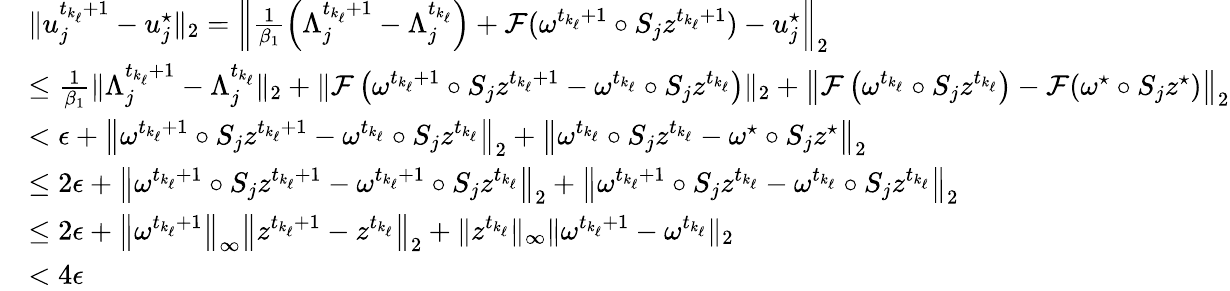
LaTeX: \begin{array}{rl}&{\| u_{j}^{t_{k_{\ell}}+1}-u_{j}^{\star}\| _{2}=\left\| \frac{1}{\beta_{1}}\left(\Lambda_{j}^{t_{k_{\ell}}+1}-\Lambda_{j}^{t_{k_{\ell}}}\right)+\mathcal{F}(\omega^{t_{k_{\ell}}+1}\circ S_{j}z^{t_{k_{\ell}}+1})-u_{j}^{\star}\right\| _{2}}\\ &{\leq\frac{1}{\beta_{1}}\| \Lambda_{j}^{t_{k_{\ell}}+1}-\Lambda_{j}^{t_{k_{\ell}}}\| _{2}+\| \mathcal{F}\left(\omega^{t_{k_{\ell}}+1}\circ S_{j}z^{t_{k_{\ell}}+1}-\omega^{t_{k_{\ell}}}\circ S_{j}z^{t_{k_{\ell}}}\right)\| _{2}+\left\| \mathcal{F}\left(\omega^{t_{k_{\ell}}}\circ S_{j}z^{t_{k_{\ell}}}\right)-\mathcal{F}(\omega^{\star}\circ S_{j}z^{\star})\right\| _{2}}\\ &{<\epsilon+\left\| \omega^{t_{k_{\ell}}+1}\circ S_{j}z^{t_{k_{\ell}}+1}-\omega^{t_{k_{\ell}}}\circ S_{j}z^{t_{k_{\ell}}}\right\| _{2}+\left\| \omega^{t_{k_{\ell}}}\circ S_{j}z^{t_{k_{\ell}}}-\omega^{\star}\circ S_{j}z^{\star}\right\| _{2}}\\ &{\leq 2\epsilon+\left\| \omega^{t_{k_{\ell}}+1}\circ S_{j}z^{t_{k_{\ell}}+1}-\omega^{t_{k_{\ell}}+1}\circ S_{j}z^{t_{k_{\ell}}}\right\| _{2}+\left\| \omega^{t_{k_{\ell}}+1}\circ S_{j}z^{t_{k_{\ell}}}-\omega^{t_{k_{\ell}}}\circ S_{j}z^{t_{k_{\ell}}}\right\| _{2}}\\ &{\leq 2\epsilon+\left\| \omega^{t_{k_{\ell}}+1}\right\| _{\infty}\left\| z^{t_{k_{\ell}}+1}-z^{t_{k_{\ell}}}\right\| _{2}+\| z^{t_{k_{\ell}}}\| _{\infty}\| \omega^{t_{k_{\ell}}+1}-\omega^{t_{k_{\ell}}}\| _{2}}\\ &{<4\epsilon}\end{array}